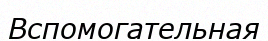
Вспомогательная